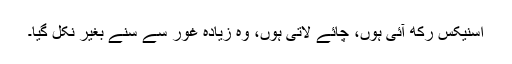
اسنیکس رکھ آئی ہوں، چائے لاتی ہوں، وہ زیادہ غور سے سنے بغیر نکل گیا۔